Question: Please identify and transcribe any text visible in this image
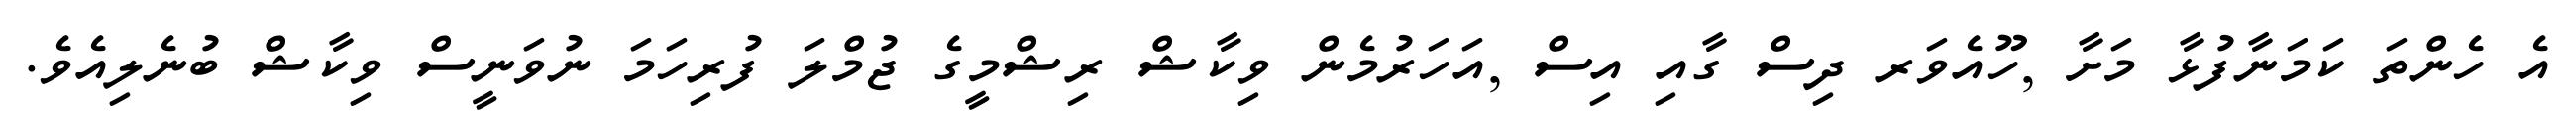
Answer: އެ ހެންތަ ކަމަނާފުޅާ މަށާ ,ހޫއެވަރ ދިސް ގާއި އިސް ,އަހަރުމެން ވިކާޝް ރިޝްމީގެ ޖުމްލަ ފުރިހަމަ ނުވަނީސް ވިކާޝް ބުނެލިއެވެ.